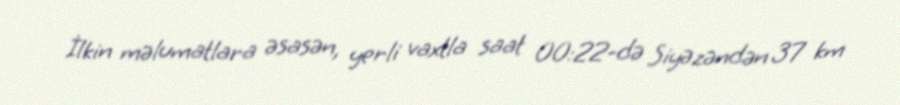
İlkin məlumatlara əsasən, yerli vaxtla saat 00:22-də Siyəzəndən 37 km